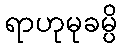
ရာဟုမုခမ္ပိ